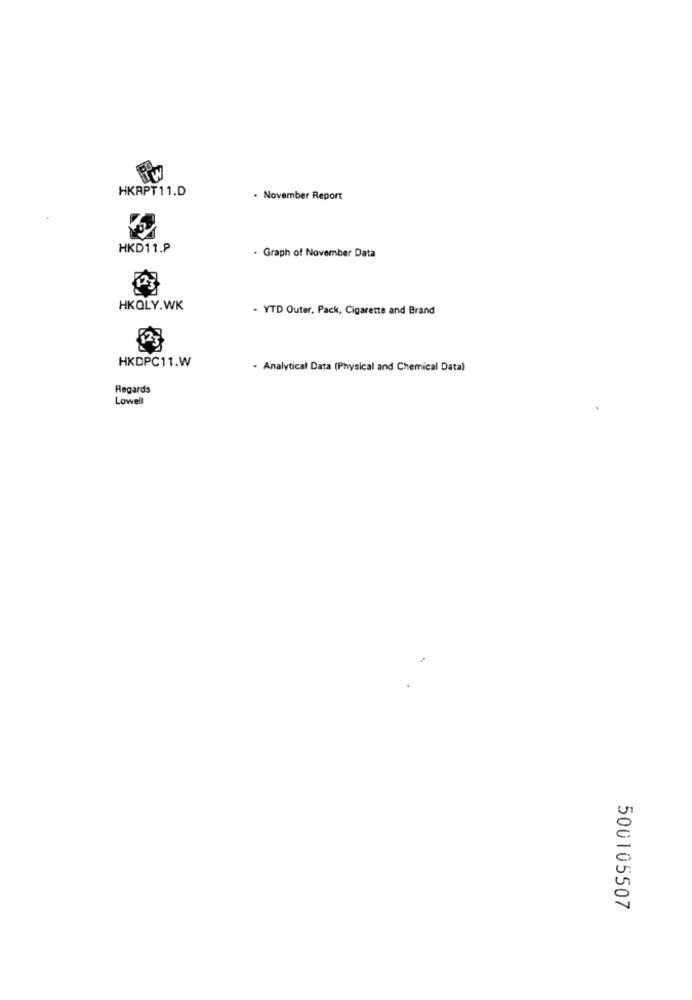
HKRPT11.D
. November Report
HKD11.P
- Graph of November Data
HKOLY.WK
- YTD Outer, Pack, Cigarette and Brand
HKDPC11.W
- Analytical Data (Physical and Chemical Data)
Regards
Lowell
500105507